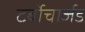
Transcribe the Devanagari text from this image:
टर्बोचार्जड